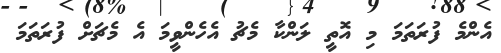
އެންމެ ފުރަތަމަ މި އޮތީ ލަންކާ މެޗު އެހެންވީމަ އެ މެޗަށް ފުރަތަމަ